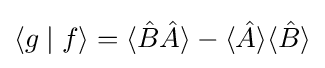
\langle g\mid f\rangle =\langle {\hat {B}}{\hat {A}}\rangle -\langle {\hat {A}}\rangle \langle {\hat {B}}\rangle